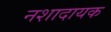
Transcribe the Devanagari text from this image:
नशादायक